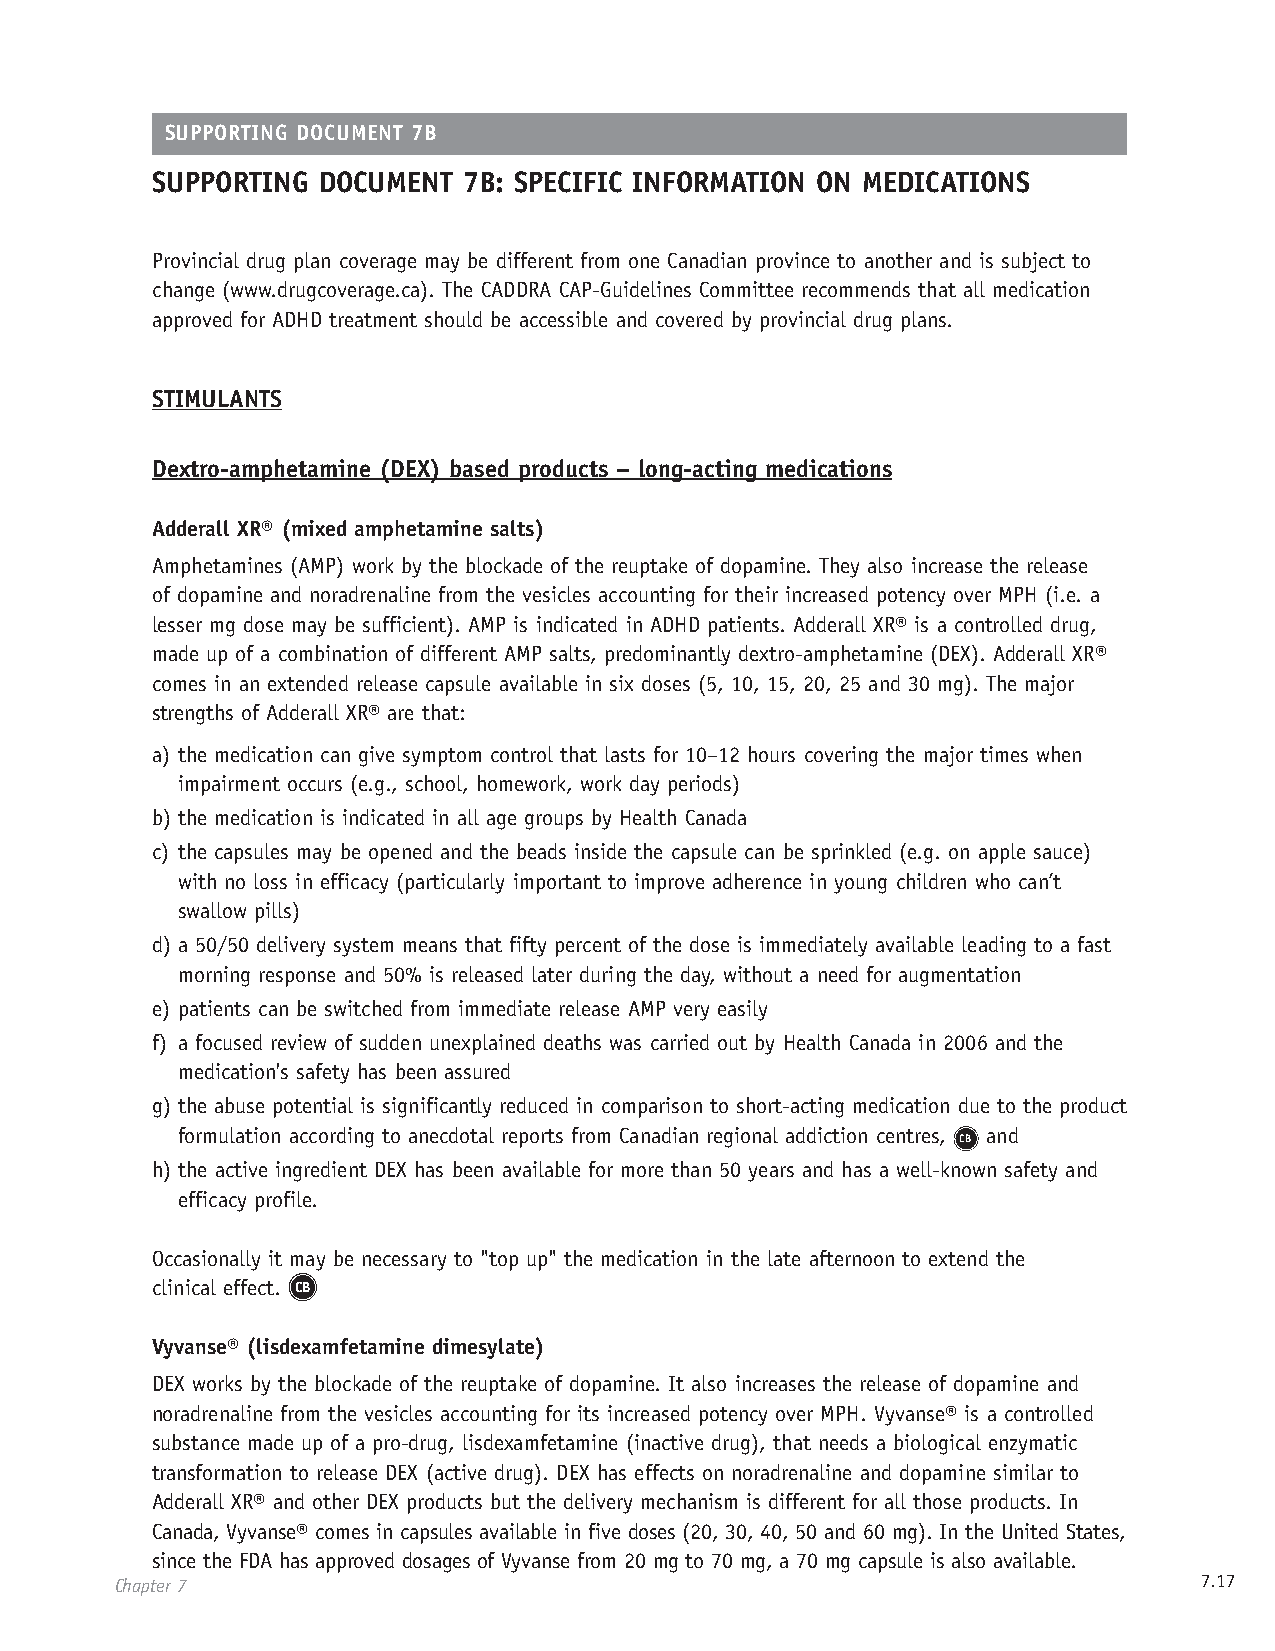
SUPPORTING DOCUMENT 7B
 SUPPORTING DOCUMENT  7B: SPECIFIC INFORMATION ON MEDICATIONS
 Provincial drug plan coverage may be different from one Canadian province to another and is subject to
 change (www.drugcoverage.ca). The CADDRA CAP-Guidelines Committee recommends that all medication
 approved for ADHD treatment should be accessible and covered by provincial drug plans.
 STIMULANTS
 Dextro-amphetamine (DEX) based products – long-acting medications
 Adderall XR® (mixed amphetamine salts)
 Amphetamines (AMP) work by the blockade of the reuptake of dopamine. They also increase the release
 of dopamine and noradrenaline from the vesicles accounting for their increased potency over MPH (i.e. a
 lesser mg dose may be sufficient). AMP is indicated in ADHD patients. Adderall XR® is a controlled drug,
 made up of a combination of different AMP salts, predominantly dextro-amphetamine (DEX). Adderall XR®
 comes in an extended release capsule available in six doses (5, 10, 15, 20, 25 and 30 mg). The major
 strengths of Adderall XR® are that:
 a) the medication can give symptom control that lasts for 10–12 hours covering the major times when
 impairment occurs (e.g., school, homework, work day periods)
 b) the medication is indicated in all age groups by Health Canada
 c) the capsules may be opened and the beads inside the capsule can be sprinkled (e.g. on apple sauce)
 with no loss in efficacy (particularly important to improve adherence in young children who can’t
 swallow pills)
 d) a 50/50 delivery system means that fifty percent of the dose is immediately available leading to a fast
 morning response and 50% is released later during the day, without a need for augmentation
 e) patients can be switched from immediate release AMP very easily
 f) a focused review of sudden unexplained deaths was carried out by Health Canada in 2006 and the
 medication's safety has been assured
 g) the abuse potential is significantly reduced in comparison to short-acting medication due to the product
 formulation according to anecdotal reports from Canadian regional addiction centres, and
 CB
 h) the active ingredient DEX has been available for more than 50 years and has a well-known safety and
 efficacy profile.
 Occasionally it may be necessary to "top up" the medication in the late afternoon to extend the
 clinical effect. CB
 Vyvanse® (lisdexamfetamine dimesylate)
 DEX works by the blockade of the reuptake of dopamine. It also increases the release of dopamine and
 noradrenaline from the vesicles accounting for its increased potency over MPH. Vyvanse® is a controlled
 substance made up of a pro-drug, lisdexamfetamine (inactive drug), that needs a biological enzymatic
 transformation to release DEX (active drug). DEX has effects on noradrenaline and dopamine similar to
 Adderall XR® and other DEX products but the delivery mechanism is different for all those products. In
 Canada, Vyvanse® comes in capsules available in five doses (20, 30, 40, 50 and 60 mg). In the United States,
 since the FDA has approved dosages of Vyvanse from 20 mg to 70 mg, a 70 mg capsule is also available.
 Chapter 7                                                              7.17